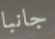
جانبا